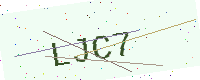
Text: LJC7